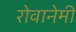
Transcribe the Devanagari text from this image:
रोवानेमी